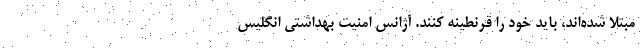
مبتلا شده‌اند، باید خود را قرنطینه کنند. آژانس امنیت بهداشتی انگلیس